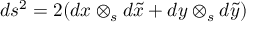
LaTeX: d s ^ { 2 } = 2 ( d x \otimes _ { s } d \tilde { x } + d y \otimes _ { s } d \tilde { y } )